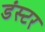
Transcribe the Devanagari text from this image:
डंस्टर